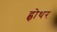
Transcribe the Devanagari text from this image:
ह्वोथर